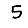
Digit: 5